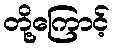
တို့ကြောင့်